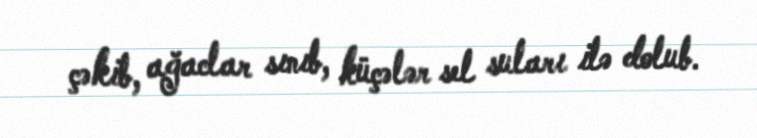
çəkib, ağaclar sınıb, küçələr sel suları ilə dolub.